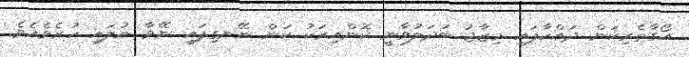
އޯގާތެރިކަން ދައްކާފައި މިޒާޖު ބަދަލުވާނީ ކޮންއިރަކު ކަން ނޭނގިފައި ނޭވާ ނުލައި ހުރެވެއެވެ.